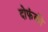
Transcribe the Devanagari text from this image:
दोफंकी